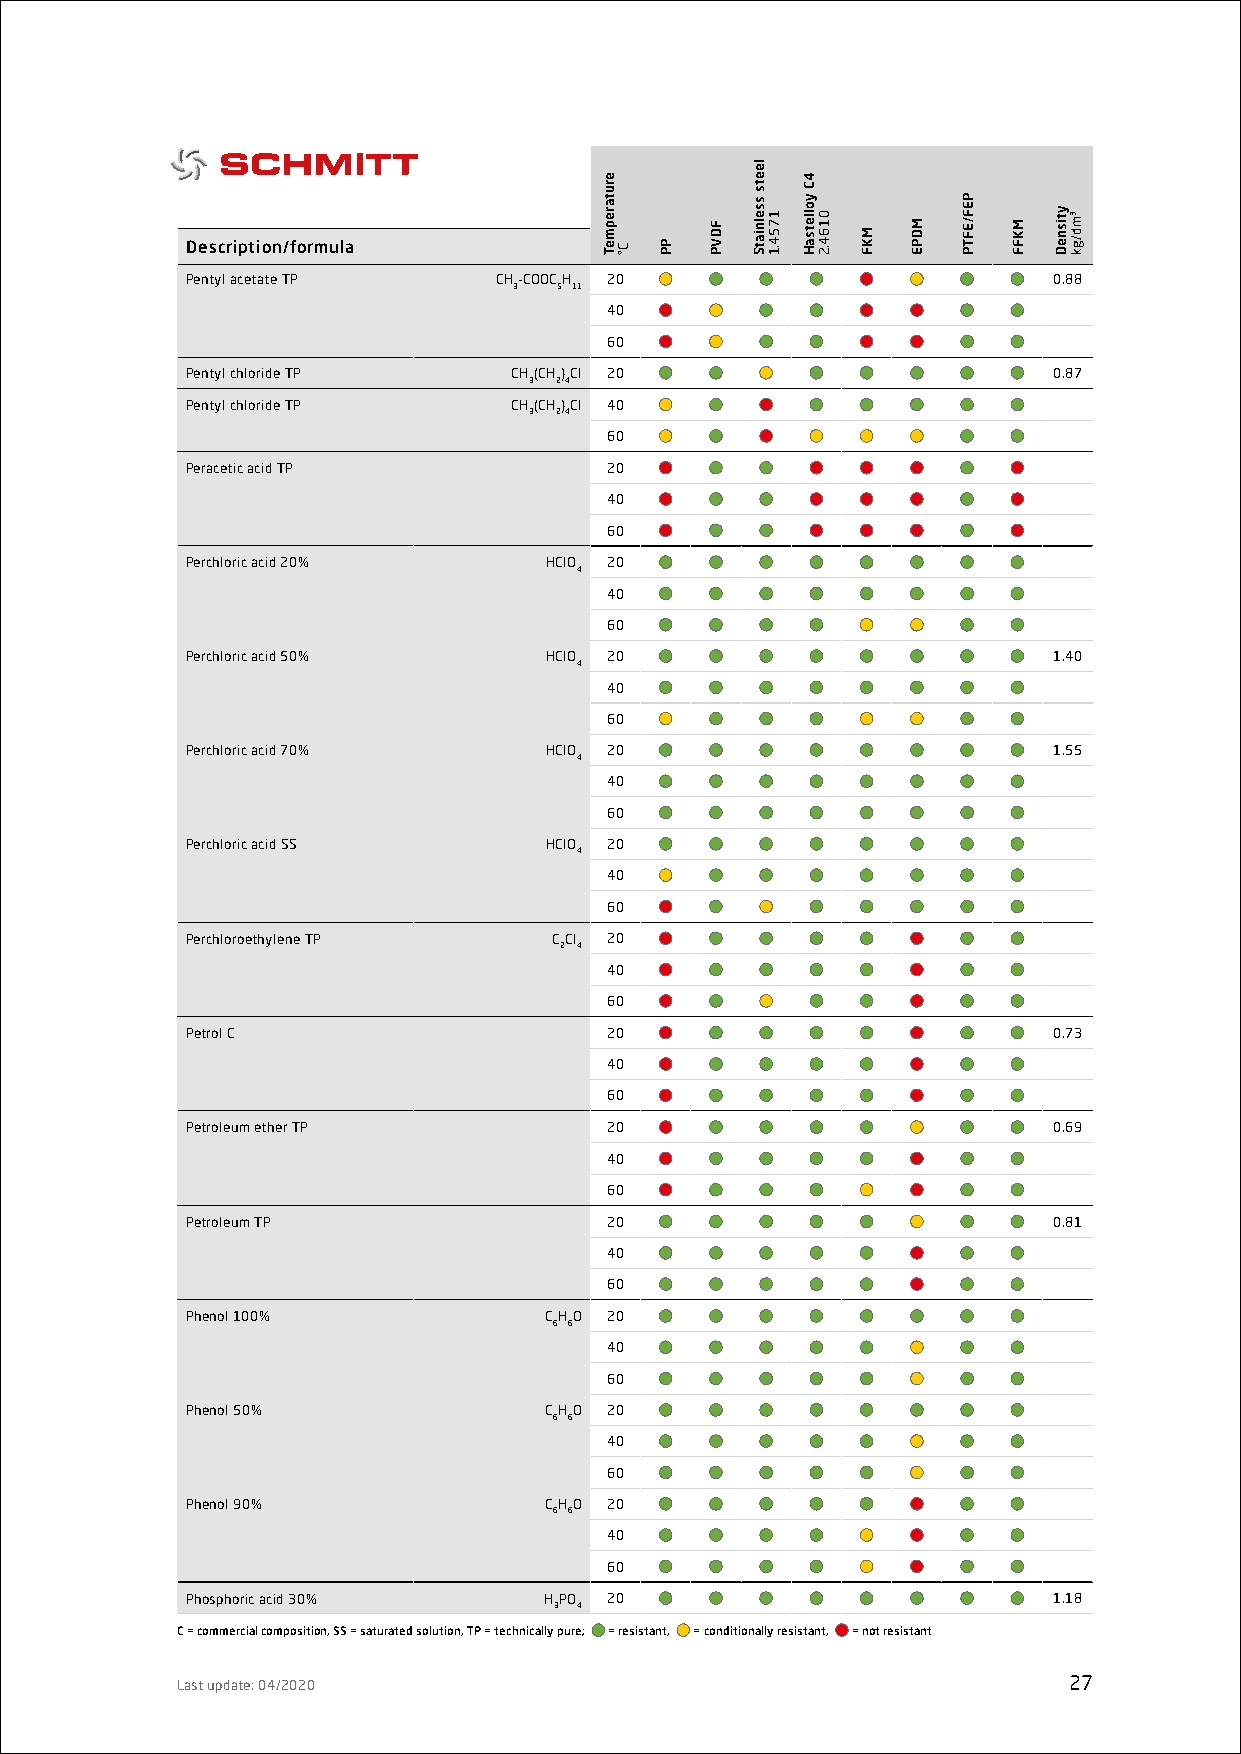
Description/formula
 Pentyl acetate TP    CH-COOCH 20                          0.88
 3  5 11
 40
 60
 Pentyl chloride TP    CH(CH)Cl 20                         0.87
 3 24
 Pentyl chloride TP    CH(CH)Cl 40
 3 24
 60
 Peracetic acid TP           20
 40
 60
 Perchloric acid 20%     HClO 20
 4
 40
 60
 Perchloric acid 50%     HClO 20                           1.40
 4
 40
 60
 Perchloric acid 70%     HClO 20                           1.55
 4
 40
 60
 Perchloric acid SS      HClO 20
 4
 40
 60
 Perchloroethylene TP     CCl 20
 2 4
 40
 60
 Petrol C                    20                            0.73
 40
 60
 Petroleum ether TP          20                            0.69
 40
 60
 Petroleum TP                20                            0.81
 40
 60
 Phenol 100%             CHO 20
 6 6
 40
 60
 Phenol 50%              CHO 20
 6 6
 40
 60
 Phenol 90%              CHO 20
 6 6
 40
 60
 Phosphoric acid 30%     HPO 20                            1.18
 3 4
 C = commercial composition, SS = saturated solution, TP = technically pure; = resistant, = conditionally resistant, = not resistant
 Last update: 04/2020                                       27
 erutarepmeT
 C° PP
 FDVP
 leets
 sselniatS
 1754.1
 4C
 yolletsaH
 0164.2
 MKF
 MDPE
 PEF/EFTP
 MKFF
 ytisneD ³md/gk